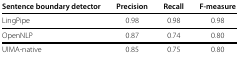
<table><thead><tr><td><b>Sentence boundary detector</b></td><td><b>Precision</b></td><td><b>Recall</b></td><td><b>F-measure</b></td></tr></thead><tbody><tr><td>LingPipe</td><td>0.98</td><td>0.98</td><td>0.98</td></tr><tr><td>OpenNLP</td><td>0.87</td><td>0.74</td><td>0.80</td></tr><tr><td>UIMA-native</td><td>0.85</td><td>0.75</td><td>0.80</td></tr></tbody></table>